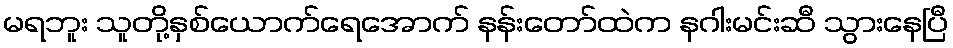
မရဘူး သူတို့နှစ်ယောက်ရေအောက် နန်းတော်ထဲက နဂါးမင်းဆီ သွားနေပြီ